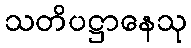
သတိပဋ္ဌာနေသု